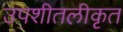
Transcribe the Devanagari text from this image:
उपशीतलीकृत